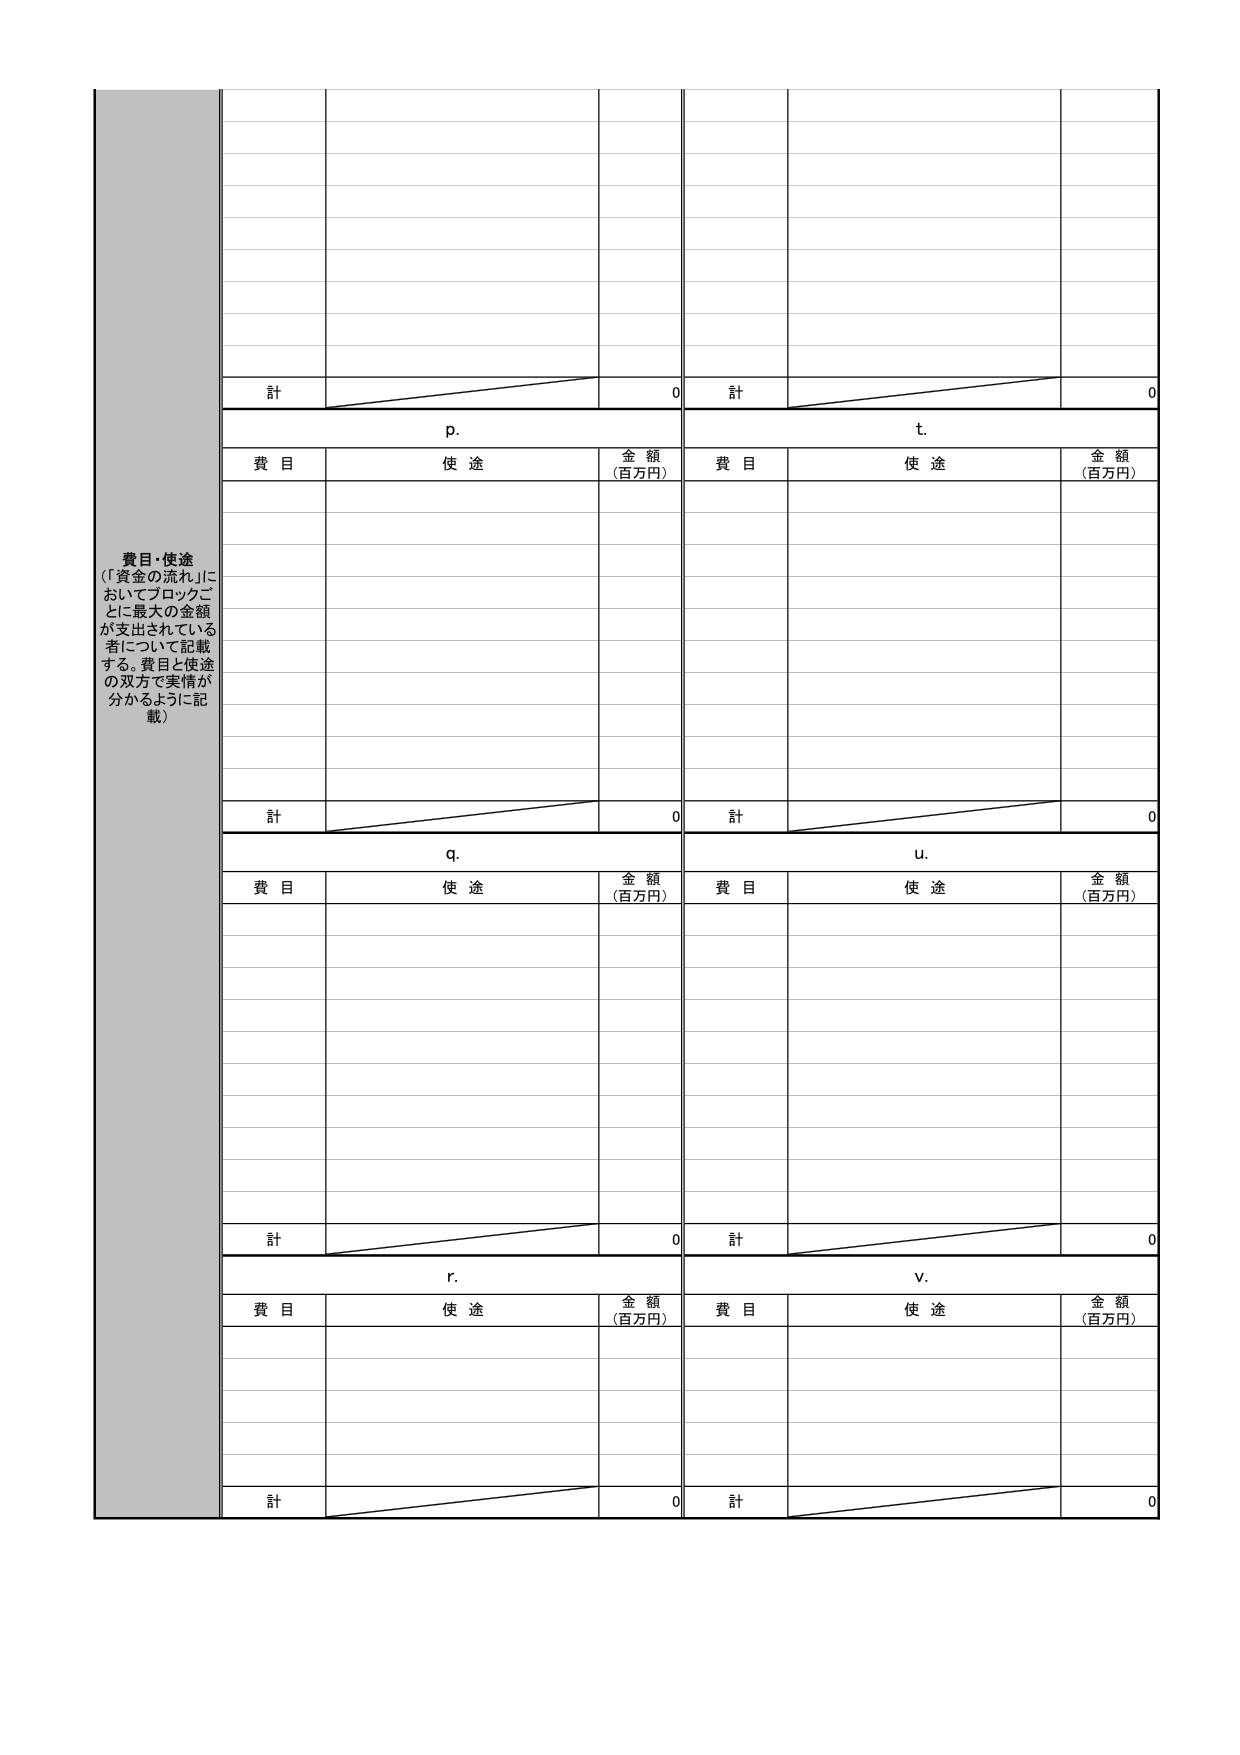
費目・使途
（「資金の流れ」においてブロックごとに最大の金額が支出されている者について記載する。費目と使途の双方で実情が分かるように記載）

計 0
p.
費目 使途 金額（百万円）

計 0
t.
費目 使途 金額（百万円）

計 0
q.
費目 使途 金額（百万円）

計 0
u.
費目 使途 金額（百万円）

計 0
r.
費目 使途 金額（百万円）

計 0
v.
費目 使途 金額（百万円）